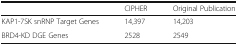
<table><thead><tr><td></td><td><b>CIPHER</b></td><td><b>Original Publication</b></td></tr></thead><tbody><tr><td>KAP1-7SK snRNP Target Genes</td><td>14,397</td><td>14,203</td></tr><tr><td>BRD4-KD DGE Genes</td><td>2528</td><td>2549</td></tr></tbody></table>